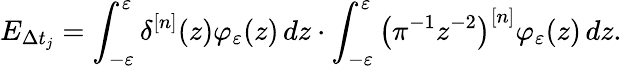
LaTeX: E_{\Delta t_{j}}=\int_{-\varepsilon}^{\varepsilon}\delta^{[n]}(z)\varphi_{\varepsilon}(z)\mathop{}\! {d{z}}\cdot\int_{-\varepsilon}^{\varepsilon}\left(\pi^{-1}z^{-2}\right)^{[n]}\varphi_{\varepsilon}(z)\mathop{}\! {d{z}}.